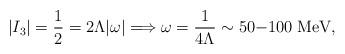
LaTeX: \begin{align*}|I_3| = {1\over 2} = 2\Lambda |\omega|\Longrightarrow\omega = {1\over 4 \Lambda}\sim 50\mathrm{-}100\;\mathrm{MeV},\end{align*}